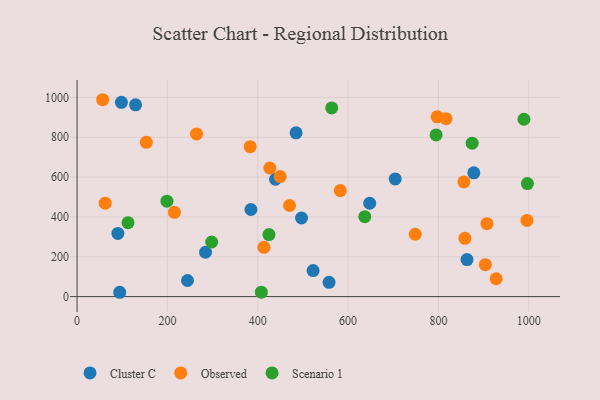
{"axis": {"x": "Price", "y": "Demand"}, "legend": ["Cluster C", "Observed", "Scenario 1"], "data": [{"x": "704.4", "y": 590.9, "type": "Cluster C"}, {"x": "878.4", "y": 621.2, "type": "Cluster C"}, {"x": "284.4", "y": 222.7, "type": "Cluster C"}, {"x": "647.9", "y": 468.6, "type": "Cluster C"}, {"x": "384.9", "y": 437.3, "type": "Cluster C"}, {"x": "90.4", "y": 317.3, "type": "Cluster C"}, {"x": "94.4", "y": 21.7, "type": "Cluster C"}, {"x": "98.2", "y": 975.0, "type": "Cluster C"}, {"x": "129.5", "y": 962.9, "type": "Cluster C"}, {"x": "244.5", "y": 80.7, "type": "Cluster C"}, {"x": "484.9", "y": 822.1, "type": "Cluster C"}, {"x": "439.4", "y": 589.2, "type": "Cluster C"}, {"x": "863.3", "y": 185.9, "type": "Cluster C"}, {"x": "497.0", "y": 394.6, "type": "Cluster C"}, {"x": "557.9", "y": 71.7, "type": "Cluster C"}, {"x": "522.6", "y": 130.5, "type": "Cluster C"}, {"x": "858.7", "y": 292.6, "type": "Observed"}, {"x": "153.3", "y": 774.5, "type": "Observed"}, {"x": "426.7", "y": 645.3, "type": "Observed"}, {"x": "215.6", "y": 423.0, "type": "Observed"}, {"x": "817.0", "y": 893.2, "type": "Observed"}, {"x": "907.4", "y": 366.2, "type": "Observed"}, {"x": "413.8", "y": 247.1, "type": "Observed"}, {"x": "582.7", "y": 532.2, "type": "Observed"}, {"x": "383.3", "y": 752.5, "type": "Observed"}, {"x": "470.4", "y": 457.2, "type": "Observed"}, {"x": "56.6", "y": 988.3, "type": "Observed"}, {"x": "449.7", "y": 602.4, "type": "Observed"}, {"x": "996.0", "y": 382.6, "type": "Observed"}, {"x": "856.5", "y": 575.7, "type": "Observed"}, {"x": "903.9", "y": 160.5, "type": "Observed"}, {"x": "264.5", "y": 816.2, "type": "Observed"}, {"x": "748.6", "y": 313.1, "type": "Observed"}, {"x": "797.1", "y": 902.3, "type": "Observed"}, {"x": "927.8", "y": 89.5, "type": "Observed"}, {"x": "62.3", "y": 468.9, "type": "Observed"}, {"x": "112.8", "y": 370.9, "type": "Scenario 1"}, {"x": "989.4", "y": 890.4, "type": "Scenario 1"}, {"x": "874.7", "y": 770.0, "type": "Scenario 1"}, {"x": "563.8", "y": 947.1, "type": "Scenario 1"}, {"x": "408.0", "y": 22.1, "type": "Scenario 1"}, {"x": "997.0", "y": 567.5, "type": "Scenario 1"}, {"x": "637.0", "y": 401.1, "type": "Scenario 1"}, {"x": "199.0", "y": 479.2, "type": "Scenario 1"}, {"x": "298.1", "y": 274.2, "type": "Scenario 1"}, {"x": "794.9", "y": 811.8, "type": "Scenario 1"}, {"x": "424.9", "y": 311.4, "type": "Scenario 1"}]}